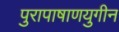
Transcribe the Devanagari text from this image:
पुरापाषाणयुगीन